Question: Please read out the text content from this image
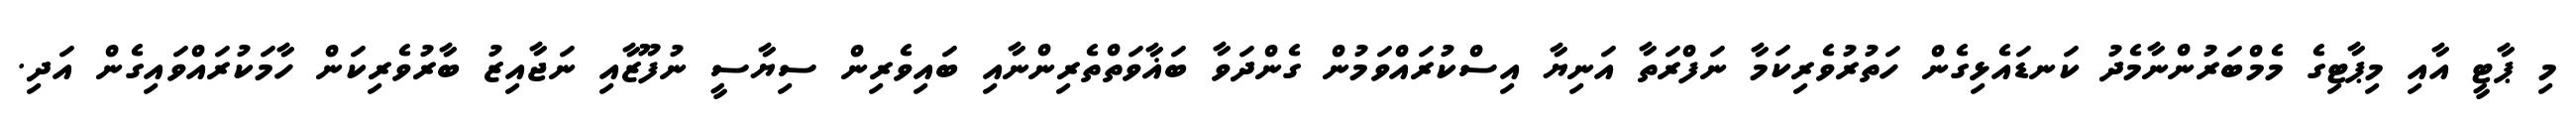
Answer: މި ޕާޓީ އާއި މިޕާޓިގެ މެމްބަރުންނާމެދު ކަނޑައެޅިގެން ހަތުރުވެރިކަމާ ނަފްރަތާ އަނިޔާ އިސްކުރައްވަމުން ގެންދަވާ ބަޣާވަތްތެރިންނާއި ބައިވެރިން ސިޔާސީ ނުފޫޒާއި ނަޖާއިޒު ބާރުވެރިކަން ހާމަކުރައްވައިގެން އަދި.